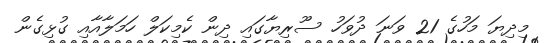
މިދިޔަ މަހުގެ 21 ވަނަ ދުވަހު ސޫރިޔާގައި ދިން ކެމިކަލް ހަމަލާއާއި ގުޅިގެން